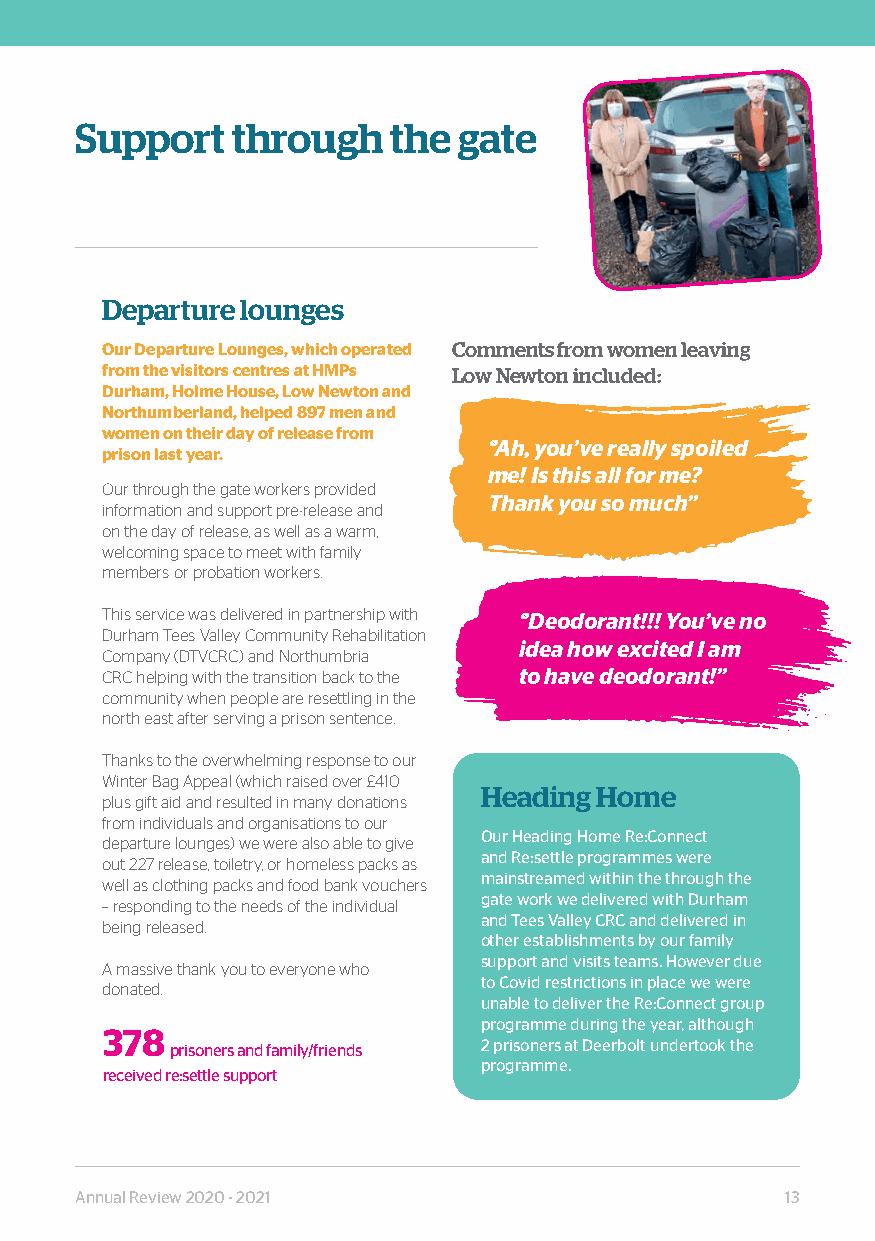
Support   through    the gate
 Departure lounges
 Our Departure Lounges, which operated Comments from women leaving
 from the visitors centres at HMPs Low Newton included:
 Durham, Holme House, Low Newton and
 Northumberland, helped 897 men and
 women on their day of release from
 ‘’Ah, you’ve really spoiled
 prison last year.
 me! Is this all for me?
 Our through the gate workers provided
 Thank you so much”
 information and support pre-release and
 on the day of release, as well as a warm,
 welcoming space to meet with family
 members or probation workers.
 This service was delivered in partnership with ‘’Deodorant!!! You’ve no
 Durham Tees Valley Community Rehabilitation
 idea how excited I am
 Company (DTVCRC) and Northumbria
 CRC helping with the transition back to the to have deodorant!”
 community when people are resettling in the
 north east after serving a prison sentence.
 Thanks to the overwhelming response to our
 Winter Bag Appeal (which raised over £410
 Heading Home
 plus gift aid and resulted in many donations
 from individuals and organisations to our
 Our Heading Home Re:Connect
 departure lounges) we were also able to give
 and Re:settle programmes were
 out 227 release, toiletry, or homeless packs as
 mainstreamed within the through the
 well as clothing packs and food bank vouchers
 gate work we delivered with Durham
 – responding to the needs of the individual
 and Tees Valley CRC and delivered in
 being released.
 other establishments by our family
 support and visits teams. However due
 A massive thank you to everyone who
 to Covid restrictions in place we were
 donated.
 unable to deliver the Re:Connect group
 programme during the year, although
 378
 prisoners and family/friends 2 prisoners at Deerbolt undertook the
 programme.
 received re:settle support
 Annual Review 2020 - 2021                      13